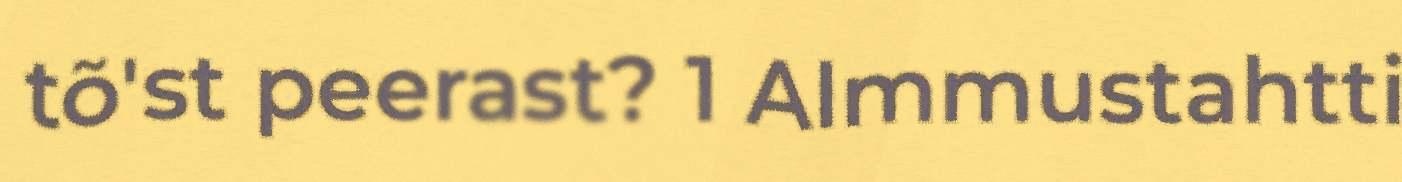
tõ'st peerast? 1 Almmustahtti